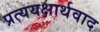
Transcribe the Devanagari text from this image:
प्रत्ययक्षार्थवाद